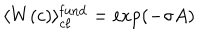
LaTeX: \langle W ( c ) \rangle _ { c \ell } ^ { \mathrm { f u n d } } = \exp ( - \sigma A )